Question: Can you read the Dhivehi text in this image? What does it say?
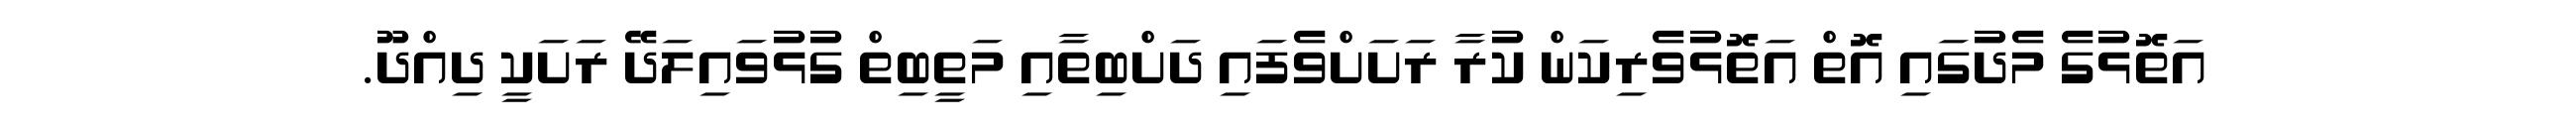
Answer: އަތޮޅުގެ މެދުގައި އޮތް އަތޮޅުވެރިކަން ކުރާ ރަށަށްވެފައި ދަށްބިތާއި މަތީބިތް ގުޅުވައިލަދޭ ރަށަކީ ދިއްދޫ.